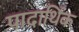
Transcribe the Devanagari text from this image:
पादार्थिक